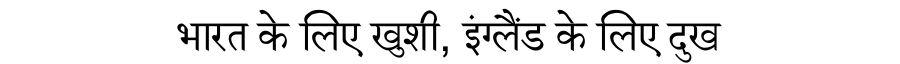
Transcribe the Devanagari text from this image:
भारत के लिए खुशी, इंग्लैंड के लिए दुख